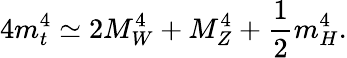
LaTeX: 4m_{t}^{4}\simeq 2M_{W}^{4}+M_{Z}^{4}+{\frac{1}{2}}m_{H}^{4}.